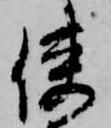
使